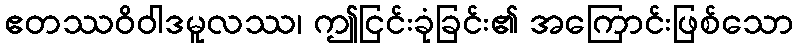
ဧတဿဝိဝါဒမူလဿ၊ ဤငြင်းခုံခြင်း၏ အကြောင်းဖြစ်သော